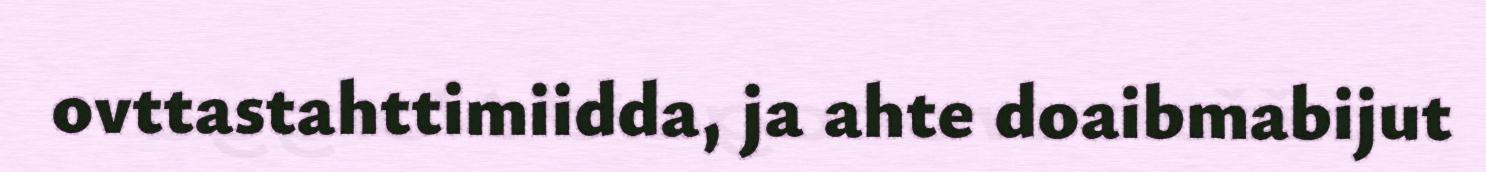
ovttastahttimiidda, ja ahte doaibmabijut